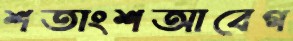
শতাংশআবেগ